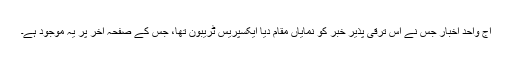
آج واحد اخبار جس نے اس ترقی پذیر خبر کو نمایاں مقام دیا ایکسپریس ٹریبون تھا، جس کے صفحہ آخر پر یہ موجود ہے۔